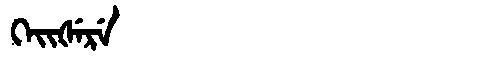
Manchu: ᡴᡝᡳᡧᡝᡵᡝ
Romanization: KEIŠERE